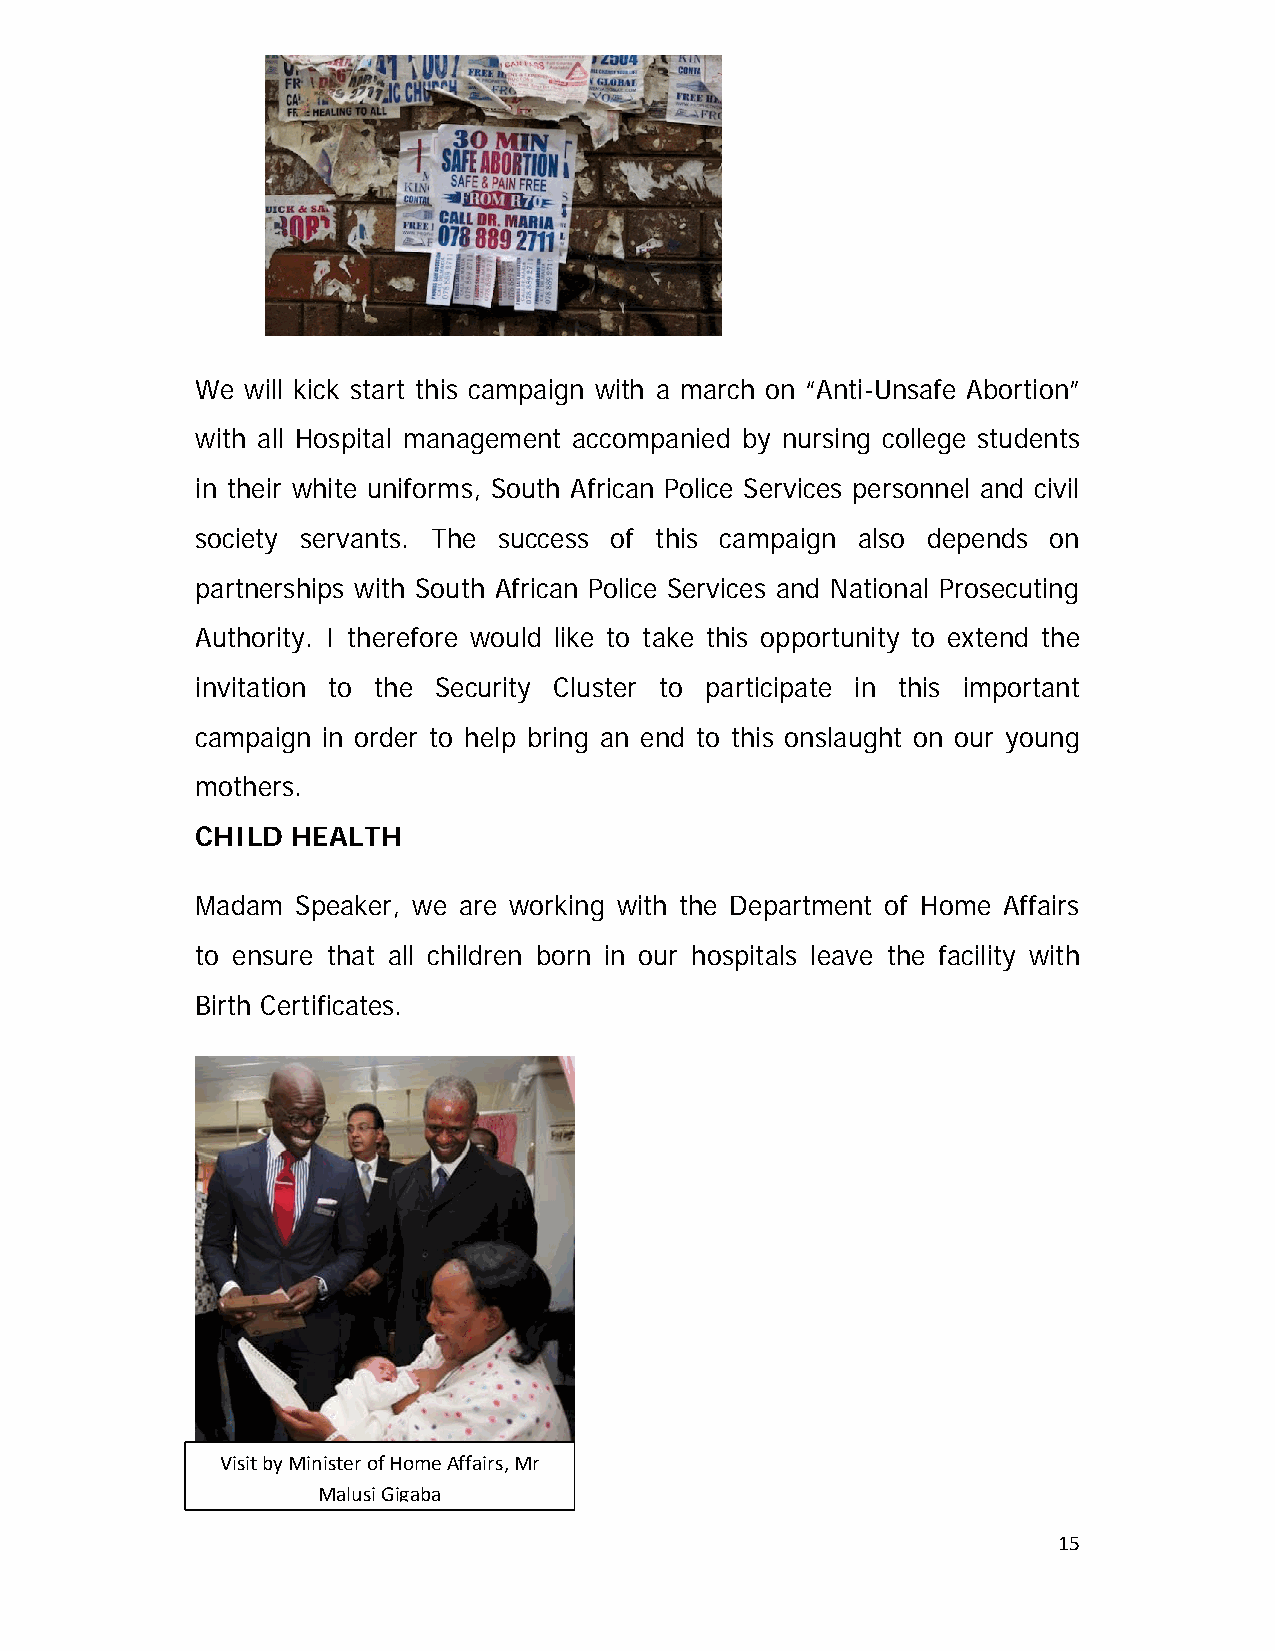
We will kick start this campaign with a march on “Anti-Unsafe Abortion”
 with all Hospital management accompanied by nursing college students
 in their white uniforms, South African Police Services personnel and civil
 society servants. The success of this campaign also depends on
 partnerships with South African Police Services and National Prosecuting
 Authority. I therefore would like to take this opportunity to extend the
 invitation to the Security Cluster to participate in this important
 campaign in order to help bring an end to this onslaught on our young
 mothers.
 CHILD HEALTH
 Madam  Speaker, we are working with the Department of Home Affairs
 to ensure that all children born in our hospitals leave the facility with
 Birth Certificates.
 Visit by Minister of Home Affairs, Mr
 Malusi Gigaba
 15